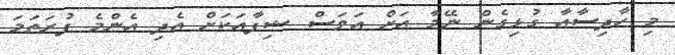
މި ހާދިސާއާ ގުޅިގެން ނޭމާ އަށް އަވަސް ޝިފާއަކަށް އެދި އެންމެ ފުރަތަމަ